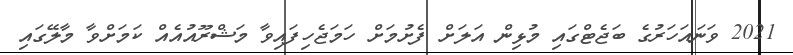
2021 ވަނައަހަރުގެ ބަޖެޓްގައި މުޅިން އަލަށް ފެށުމަށް ހަމަޖެހިފައިވާ މަޝްރޫއުއެއް ކަމަށްވާ މާލޭގައި